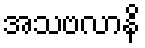
အသဗလာနိ